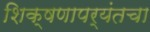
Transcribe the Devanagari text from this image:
शिक्षणापर्यंतचा